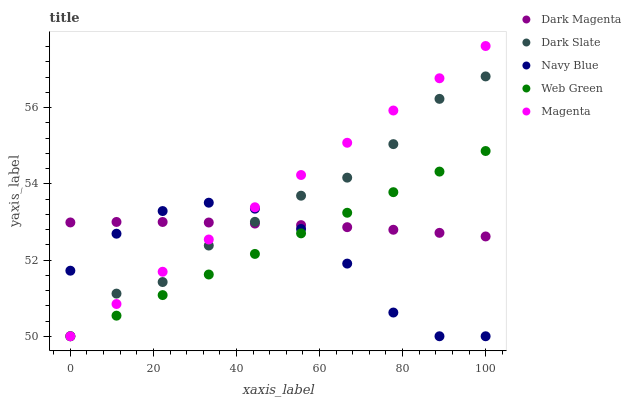
| xaxis_label | Dark Magenta | Dark Slate | Navy Blue | Web Green | Magenta |
 | --- | --- | --- | --- | --- | --- |
 | 0 | 53 | 50 | 51.7 | 50 | 50 |
 | 11.1 | 53 | 51.1 | 52.7 | 50.5 | 50.8 |
 | 22.2 | 53 | 51.4 | 53.3 | 51.1 | 51.7 |
 | 33.3 | 53 | 52.4 | 53.5 | 51.6 | 52.5 |
 | 44.4 | 53 | 53 | 53.3 | 52.2 | 53.4 |
 | 55.6 | 52.9 | 53.7 | 52.8 | 52.7 | 54.2 |
 | 66.7 | 52.9 | 54.2 | 51.9 | 53.2 | 55.1 |
 | 77.8 | 52.8 | 55 | 50.6 | 53.8 | 55.9 |
 | 88.9 | 52.7 | 56.2 | 50 | 54.3 | 56.8 |
 | 100 | 52.6 | 56.8 | 50 | 54.9 | 57.6 |